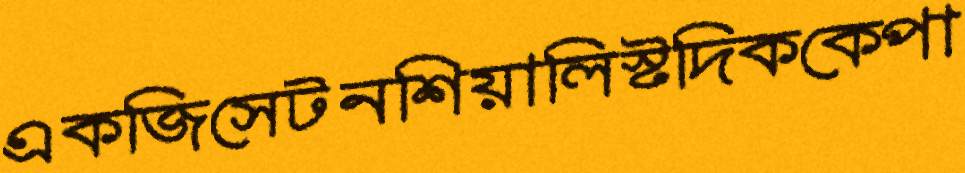
একজিসেটনশিয়ালিস্টদিককেপা